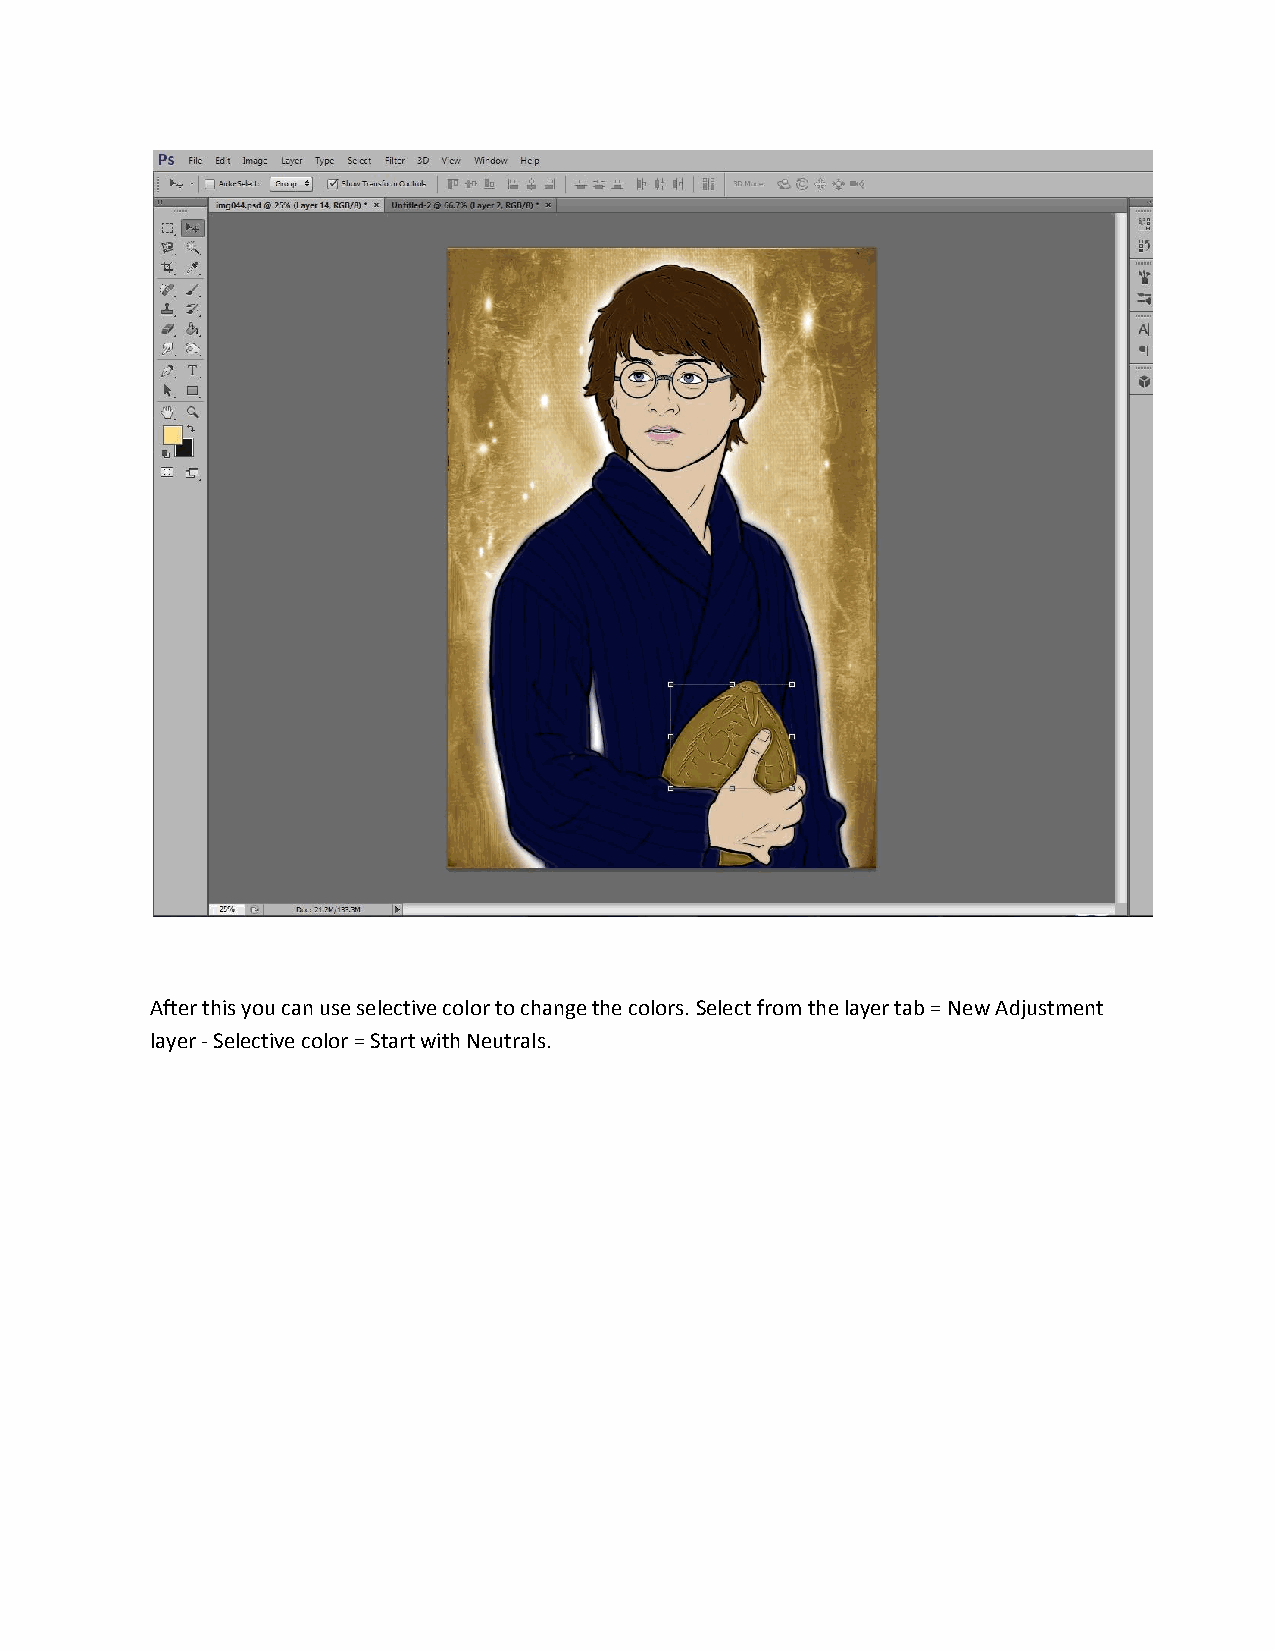
After this you can use selective color to change the colors. Select from the layer tab = New Adjustment
 layer - Selective color = Start with Neutrals.